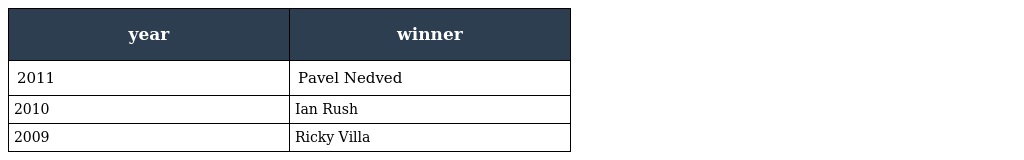
| year | winner |
 | --- | --- |
 | 2011 | Pavel Nedved |
 | 2010 | Ian Rush |
 | 2009 | Ricky Villa |